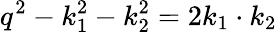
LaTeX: q^{2}-k_{1}^{2}-k_{2}^{2}=2k_{1}\cdot k_{2}